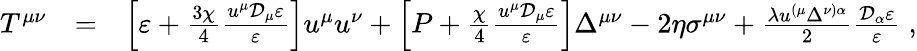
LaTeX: \begin{array}{rlr}{T^{\mu\nu}}&{=}&{\left[\varepsilon+\frac{3\chi}{4}\frac{u^{\mu}\mathcal{D}_{\mu}\varepsilon}{\varepsilon}\right]u^{\mu}u^{\nu}+\left[P+\frac{\chi}{4}\frac{u^{\mu}\mathcal{D}_{\mu}\varepsilon}{\varepsilon}\right]\Delta^{\mu\nu}-2\eta\sigma^{\mu\nu}+\frac{\lambda u^{(\mu}\Delta^{\nu)\alpha}}{2}\frac{\mathcal{D}_{\alpha}\varepsilon}{\varepsilon}\; ,}\end{array}